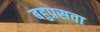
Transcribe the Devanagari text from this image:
बहुप्रसवा